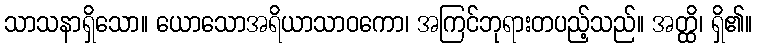
သာသနာရှိသော။ ယောသောအရိယာသာဝကော၊ အကြင်ဘုရားတပည့်သည်။ အတ္ထိ၊ ရှိ၏။